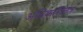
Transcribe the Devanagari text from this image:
अधिकारीतंत्र